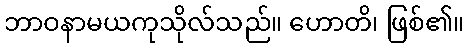
ဘာဝနာမယကုသိုလ်သည်။ ဟောတိ၊ ဖြစ်၏။